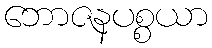
ဘောဇနပစ္စယာ